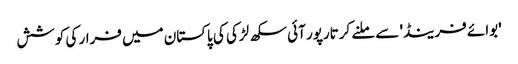
'بوائے فرینڈ' سے ملنے کرتارپور آئی سکھ لڑکی کی پاکستان میں فرار کی کوشش